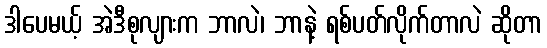
ဒါပေမယ့် အဲဒီစုလျားက ဘာလဲ၊ ဘာနဲ့ ရစ်ပတ်လိုက်တာလဲ ဆိုတာ